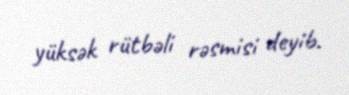
yüksək rütbəli rəsmisi deyib.